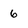
Character: 6